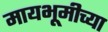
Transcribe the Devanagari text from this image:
मायभूमीच्या